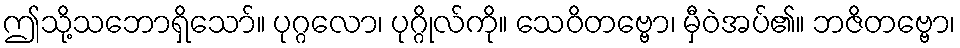
ဤသို့သဘောရှိသော်။ ပုဂ္ဂလော၊ ပုဂ္ဂိုလ်ကို။ သေဝိတဗ္ဗော၊ မှီဝဲအပ်၏။ ဘဇိတဗ္ဗော၊